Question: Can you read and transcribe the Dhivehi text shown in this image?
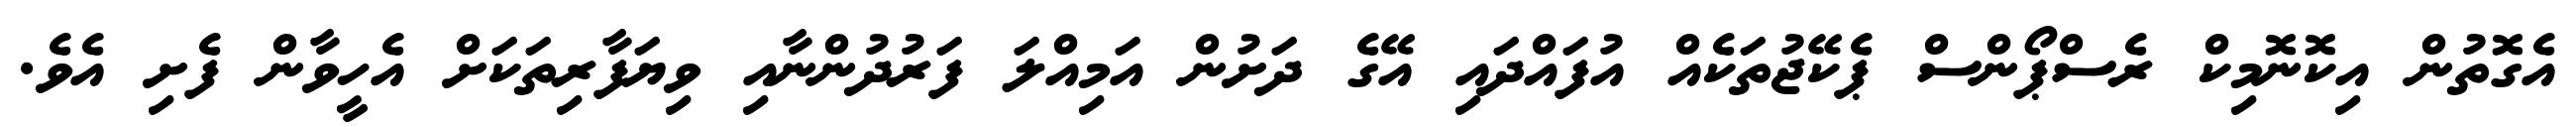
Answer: އެގޮތުން އިކޮނޮމިކް ރެސްޕޯންސް ޕެކޭޖުތަކެއް އުފައްދައި އޭގެ ދަށުން އަމިއްލަ ފަރުދުންނާއި ވިޔަފާރިތަކަށް އެހީވާން ފެށި އެވެ.